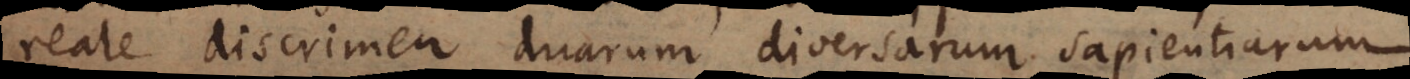
reale discrimen duarum diversarum sapientiarum